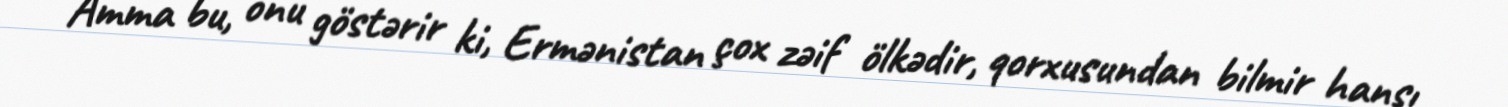
Amma bu, onu göstərir ki, Ermənistan çox zəif ölkədir, qorxusundan bilmir hansı